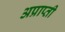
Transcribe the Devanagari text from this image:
अप्राप्ती